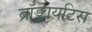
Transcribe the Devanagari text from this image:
ब्रॉङ्कायटिस